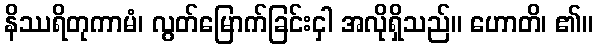
နိဿရိတုကာမံ၊ လွတ်မြောက်ခြင်းငှါ အလိုရှိသည်။ ဟောတိ၊ ၏။